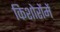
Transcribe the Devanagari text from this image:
किशोरोंमें